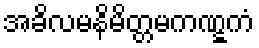
အခိလမနိမိတ္တမကဏ္ဋကံ